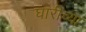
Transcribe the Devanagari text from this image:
घारीच्या